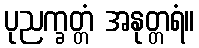
ပုညက္ခတ္တံ အနုတ္တရံ။